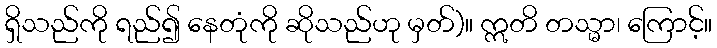
ရှိသည်ကို ရည်၍ နေတုံကို ဆိုသည်ဟု မှတ်)။ ဣတိ တသ္မာ၊ ကြောင့်။